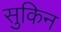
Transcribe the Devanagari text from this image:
सुकिन